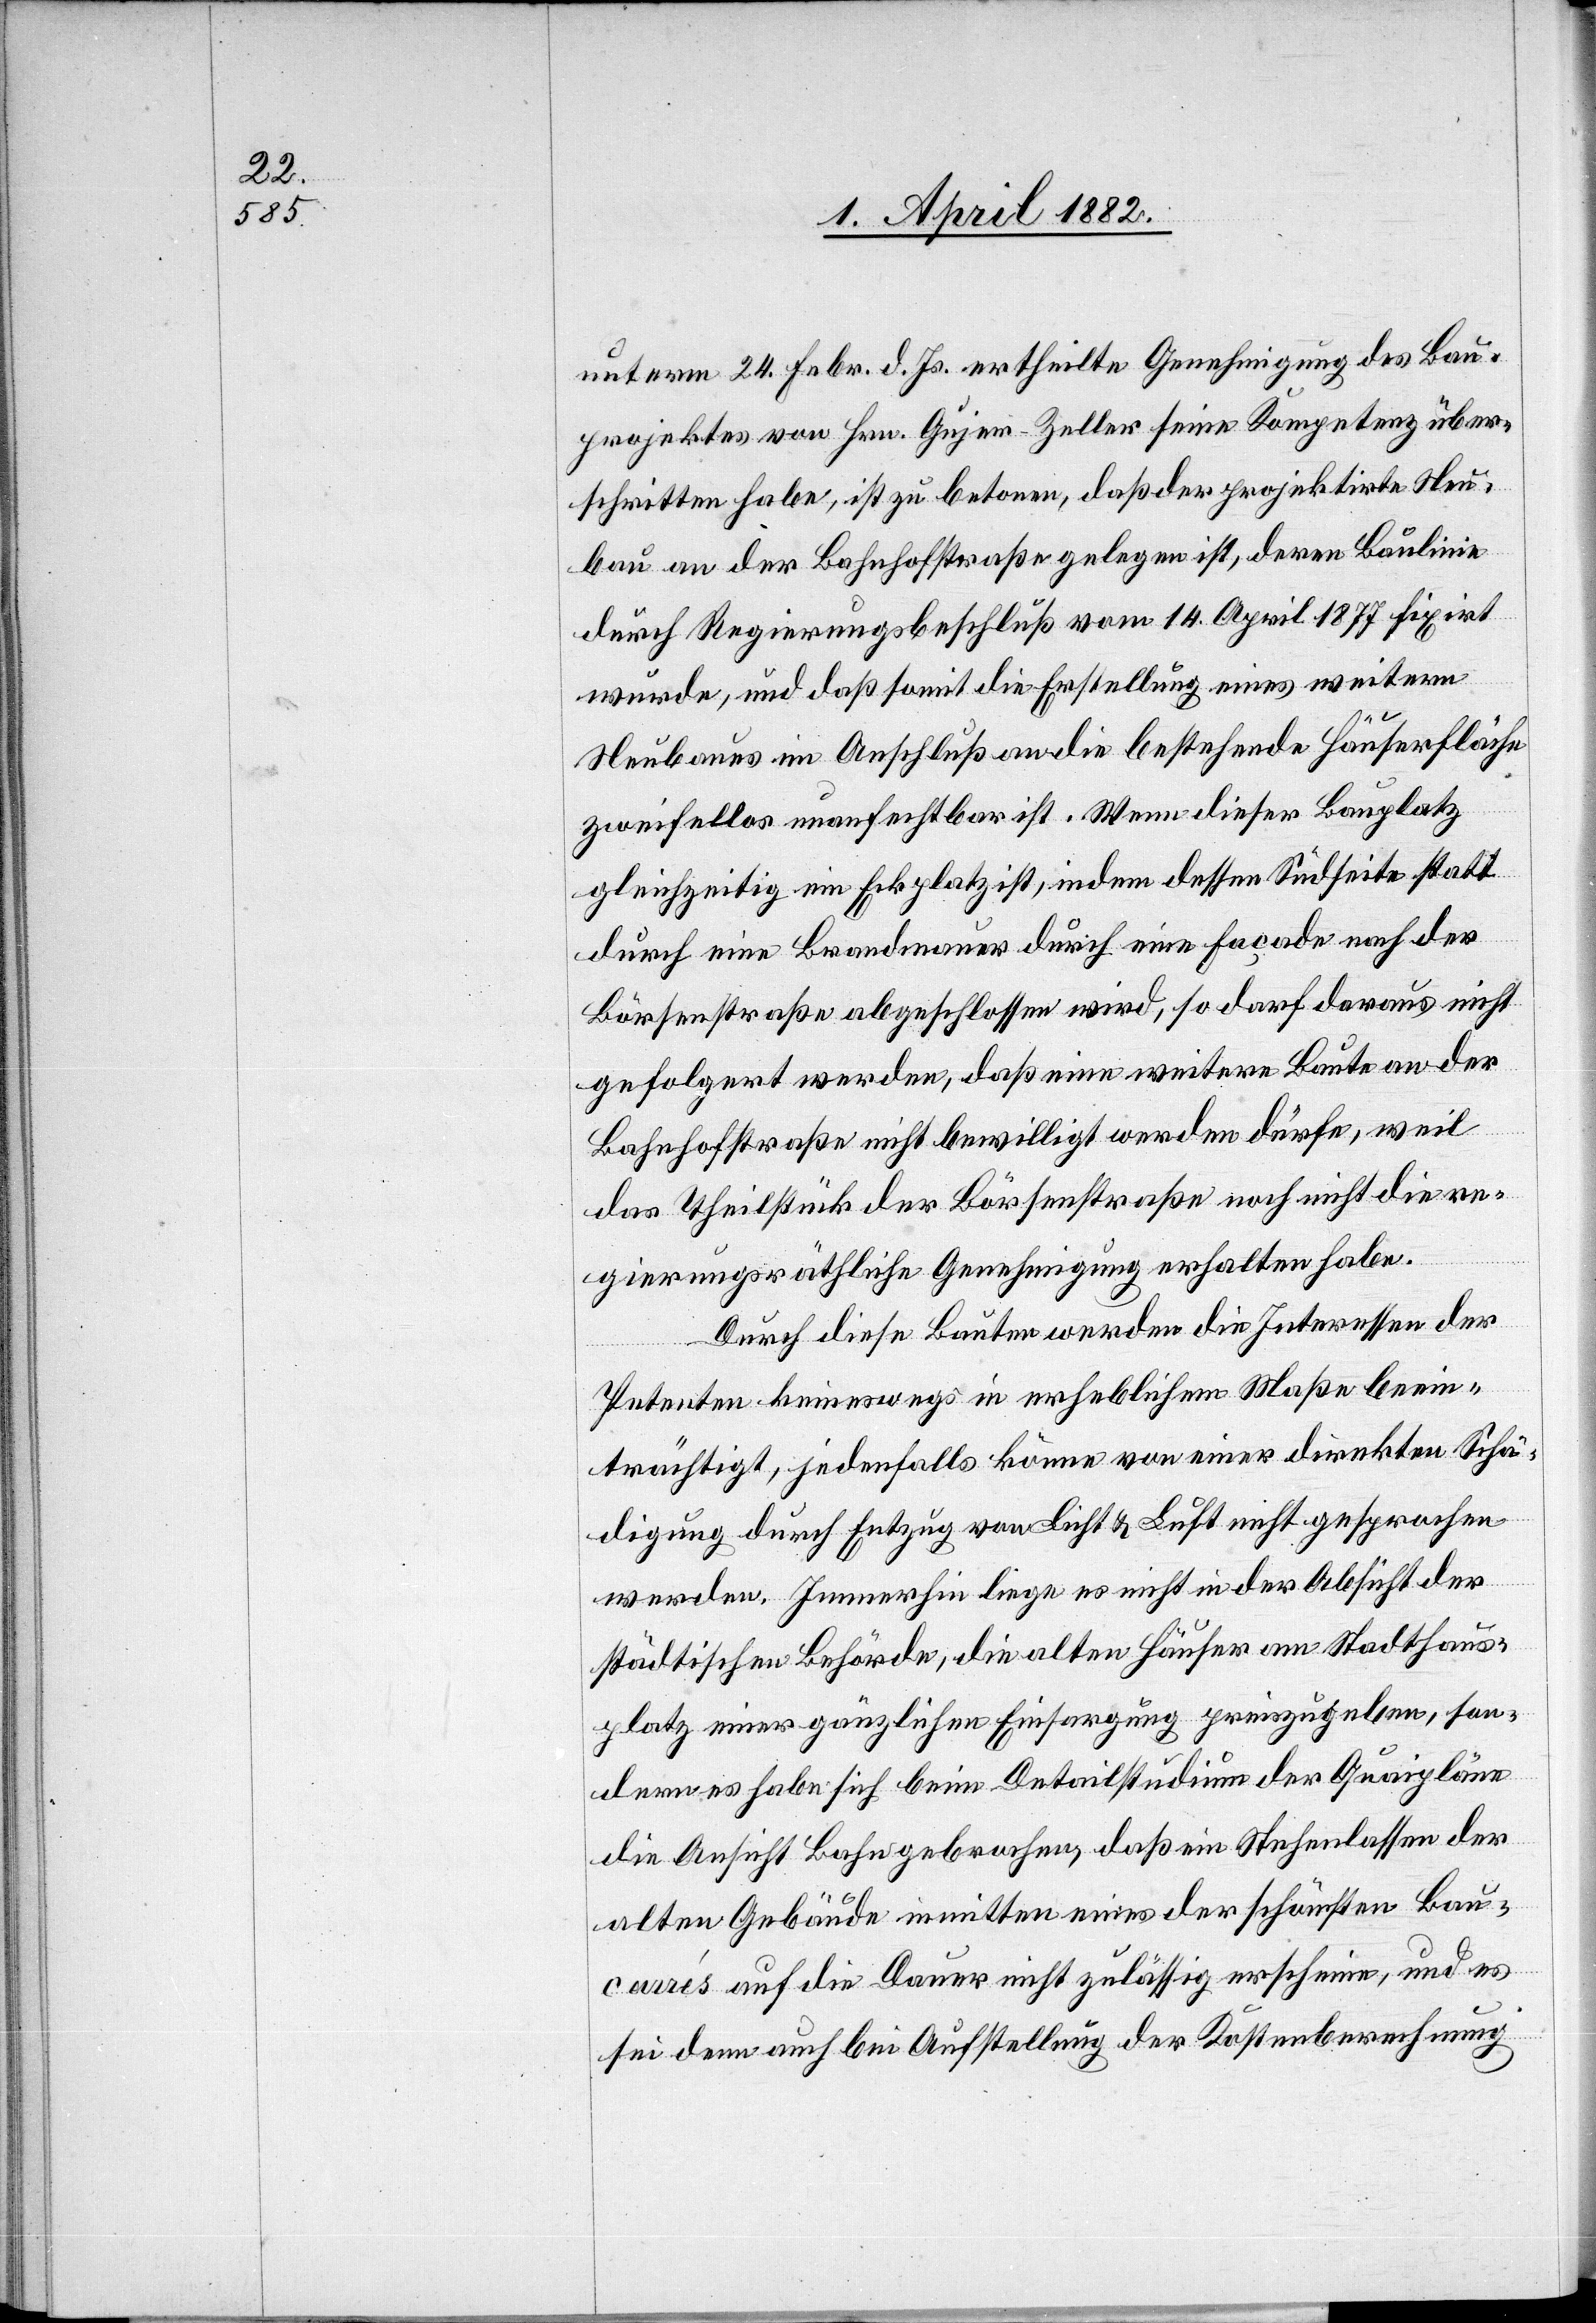
unterm 24. Febr. d. Js. ertheilte Genehmigung des Bau¬
projektes von Hrn. Gujer-Zeller seine Kompetenz über¬
schritten habe, ist zu betonen, daß der projektirte Neu¬
bau an der Bahnhofstraße gelegen ist, deren Baulinie
durch Regierungsbeschluß vom 14. April 1877 fixirt
wurde, und daß somit die Erstellung eines weitern
Neubaues im Anschluß an die bestehende Häuserfläche
zweifellos unanfechtbar ist. Wenn dieser Bauplatz
gleichzeitig ein Eckplatz ist, indem dessen Südseite statt
durch eine Brandmauer durch eine Façade nach der
Börsenstraße abgeschlossen wird, so darf daraus nicht
gefolgert werden, daß eine weitere Baute an der
Bahnhofstraße nicht bewilligt werden dürfe, weil
das Theilstück der Börsenstraße noch nicht die re¬
gierungsräthliche Genehmigung erhalten habe.
Durch diese Bauten werden die Interessen der
Petenten keineswegs in erheblichem Maße beein¬
trächtigt, jedenfalls könne von einer direkten Schä¬
digung durch Entzug von Licht & Luft nicht gesprochen
werden. Immerhin liege es nicht in der Absicht der
städtischen Behörde, die alten Häuser am Stadthaus¬
platz einer gänzlichen Einsargung preiszugeben, son¬
dern es habe sich beim Detailstudium der Quaipläne
die Ansicht Bahn gebrochen, daß ein Stehenlassen der
alten Gebäude inmitten eines der schönsten Bau¬
carrés auf die Dauer nicht zulässig erscheine, und es
sei denn auch bei Aufstellung der Kostenberechnung